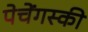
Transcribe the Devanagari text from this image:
पेचेंगस्की